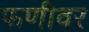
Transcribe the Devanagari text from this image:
फणीवर